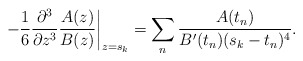
\begin{align*}-\frac{1}{6}\frac{\partial^3}{\partial z^3}\frac{A(z)}{B(z)}\bigg|_{z=s_k}=\sum_n\frac{A(t_n)}{B'(t_n)(s_k-t_n)^4}.\end{align*}